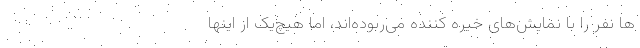
ها نفر را با نمایش‌های خیره کننده می‌ربوده‌اند، اما هیچ‌یک از اینها